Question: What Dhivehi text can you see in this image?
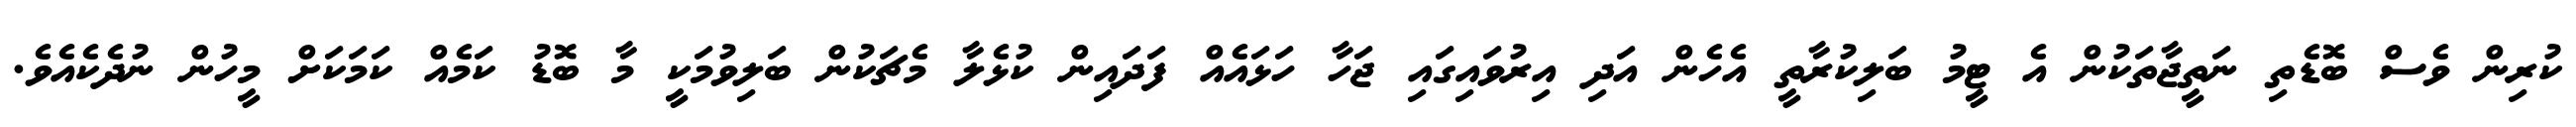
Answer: ކުރިން ވެސް ބޮޑެތި ނަތީޖާތަކުން އެ ޓީމު ބަލިކުރާތީ އެހެން އަދި އިރުވައިގައި ޖަހާ ހަޅައެއް ފަދައިން ކުޅެލާ މެޗަކުން ބަލިވުމަކީ މާ ބޮޑު ކަމެއް ކަމަކަށް މީހުން ނުދެކެއެވެ.